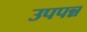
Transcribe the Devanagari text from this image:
उपपन्न